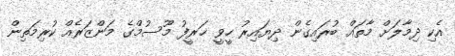
އެކި ދިމާލަށް މާތައް ބުރައިގެން ދިޔައިރު ހީވީ ޚަރީފު މޫސުމްގެ މަންޒަރެއް ކުރިމަތިން